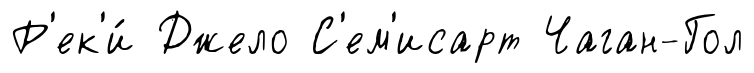
Р'ек'и́ Джело С'ем'исарт Чаган-Гол